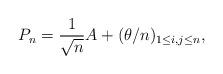
LaTeX: \begin{align*} P_n=\frac{1}{\sqrt{n}}A+(\theta/n)_{1 \leq i,j \leq n},\end{align*}